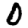
Digit: 0